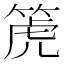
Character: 箎